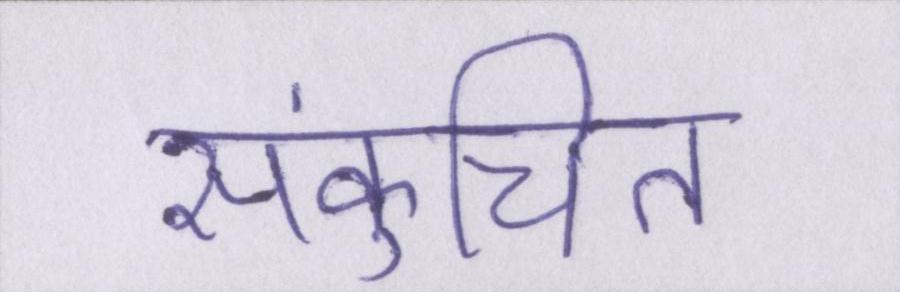
संकुचित